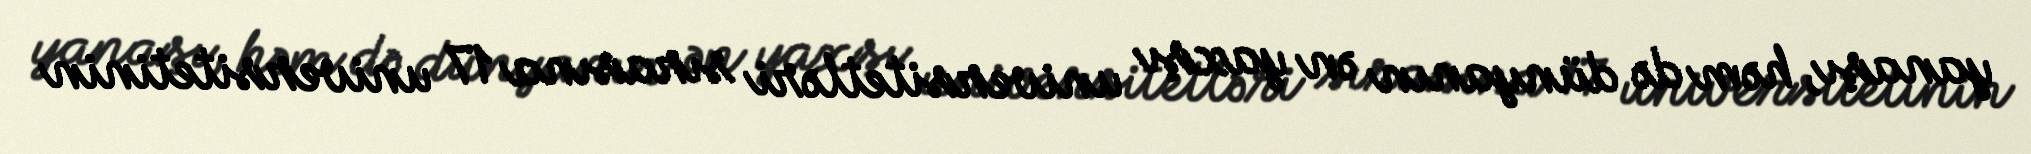
yanaşı, həm də dünyanın ən yaxşı universitetləri sırasına 17 universitetinin